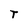
Character: T